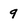
Character: 9